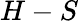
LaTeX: H-S